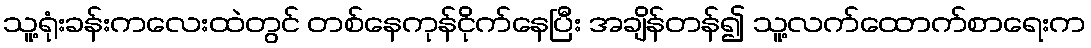
သူ့ရုံးခန်းကလေးထဲတွင် တစ်နေကုန်ငိုက်နေပြီး အချိန်တန်၍ သူ့လက်ထောက်စာရေးက